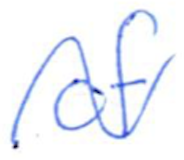
Text: of
Cross-out: wave
Writing tool: ballpoint